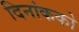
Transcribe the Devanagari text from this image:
दिनांकको